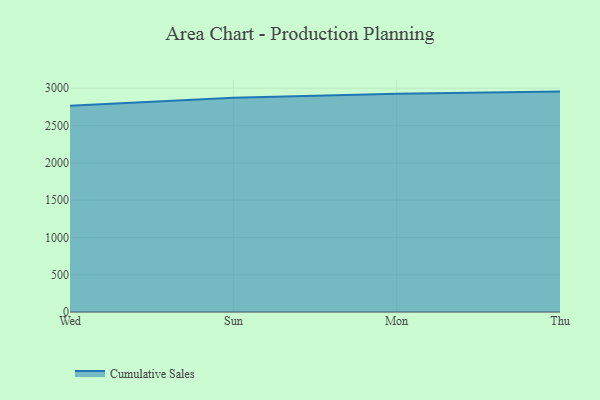
{"axis": {"x": "Day", "y": "Churn Rate (%)"}, "legend": ["Cumulative Sales"], "data": [{"x": "Wed", "y": 2765.7, "type": "Cumulative Sales"}, {"x": "Sun", "y": 2871.2, "type": "Cumulative Sales"}, {"x": "Mon", "y": 2926.1, "type": "Cumulative Sales"}, {"x": "Thu", "y": 2955.0, "type": "Cumulative Sales"}]}